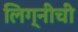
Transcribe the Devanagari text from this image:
लिग्नीची